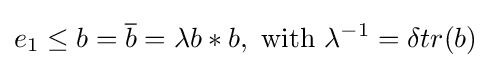
e_{1}\leq b={\overline {b}}=\lambda b*b,{\text{ with }}\lambda ^{-1}=\delta tr(b)